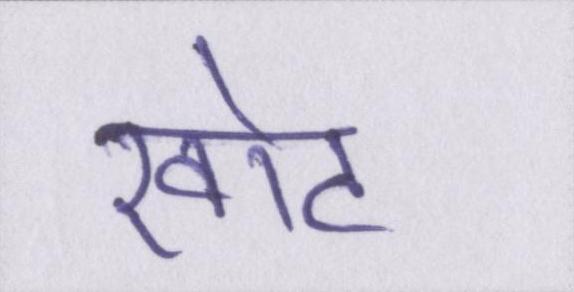
खोट